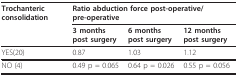
| Trochanteric consolidation | <COLSPAN=3> Ratio abduction force post-operative/ pre-operative |
 |  | 3 months post surgery | 6 months post surgery | 12 months post surgery |
 | --- | --- | --- | --- |
 | YES(20) | 0.87 | 1.03 | 1.12 |
 | NO (4) | 0.49 p = 0.065 | 0.64 p = 0.026 | 0.55 p = 0.056 |